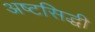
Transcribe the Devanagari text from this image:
अष्टसिद्धी